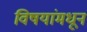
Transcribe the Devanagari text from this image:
विषयांमधून